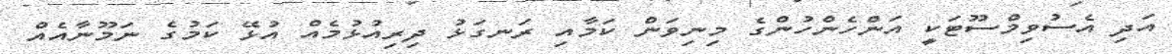
އަދި އެސުވިމްސޫޓަކީ އަންހެންހުންގެ މިނިވަން ކަމާއި ރަނގަޅު ދިރިއުޅުމެއް އުޅޭ ކަމުގެ ނަމޫނާއެއް